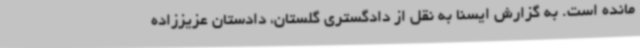
مانده است. به گزارش ایسنا به نقل از دادگستری گلستان، دادستان عزیززاده